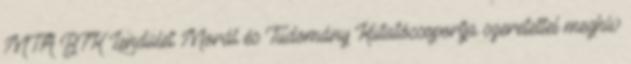
MTA BTK Lendület Morál és Tudomány Kutatócsoportja szeretettel meghív